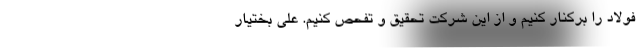
فولاد را برکنار کنیم و از این شرکت تحقیق و تفحص کنیم. علی بختیار